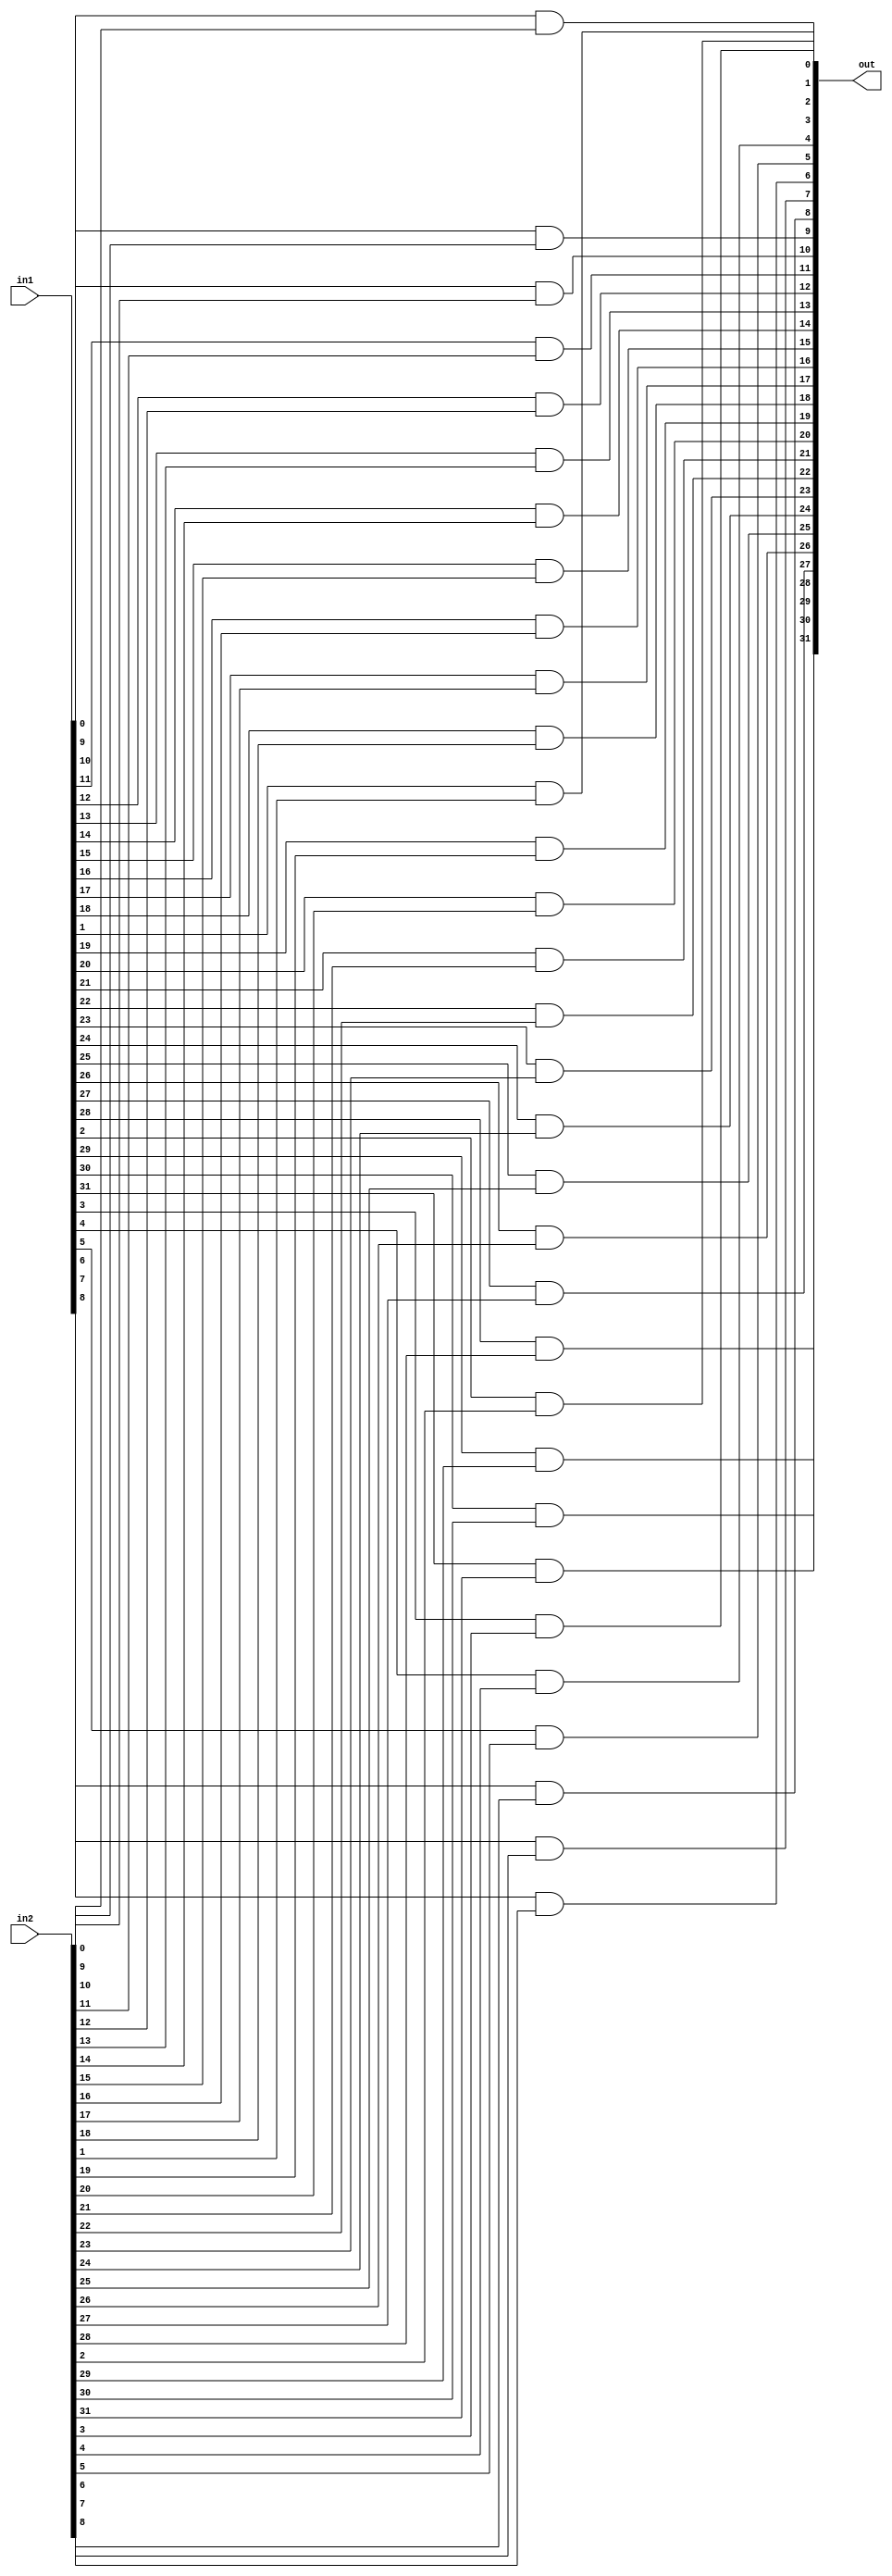
module bit32AND (out,in1,in2);
 input [31:0] in1,in2;
 output [31:0] out;
 genvar j;
 generate for (j=0; j<32;j=j+1) begin: anding_loop
//mux_loop is the name of the loop
		and a1(out[j],in1[j],in2[j]);
	end
	endgenerate
endmodule
/*
module tb32bitand;
 reg [31:0] IN1,IN2;
 wire [31:0] OUT;
 bit32AND a1 (OUT,IN1,IN2);
 initial
 $monitor($time,"  IN1=%b IN2=%b OUT=%b",IN1,IN2,OUT);
 initial
 begin
 IN1=32'hA5A5;
 IN2=32'h5A5A;
 #100 IN1=32'h5A5A;
 #400 $finish;
 end
endmodule
*/